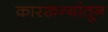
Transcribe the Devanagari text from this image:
कारखन्यांतून